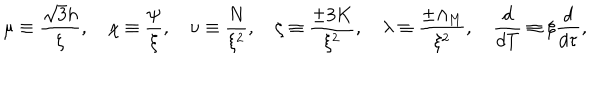
LaTeX: \mu \equiv \frac { \sqrt 3 h } { \xi } , \quad \chi \equiv \frac { \psi } { \xi } , \quad \nu \equiv \frac { N } { \xi ^ { 2 } } , \quad \zeta \equiv \frac { \pm 3 K } { \xi ^ { 2 } } , \quad \lambda \equiv \frac { \pm \Lambda _ { \mathrm { M } } } { \xi ^ { 2 } } , \quad \frac { d } { d T } \equiv \xi \frac { d } { d \tau } ,